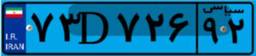
۷۳D۷۲۶۹۲